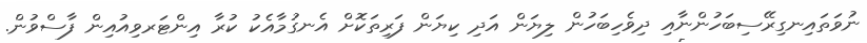
ނުވަތައިނގިރޭސިބަހުންނާއި ދިވެހިބަހުން ލިޔަން އަދި ކިޔަން ފަރިތަކޮށް އެނގުމާއެކު ކުރާ އިންޓަރވިއުއިން ފާސްވުން.